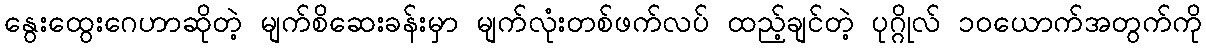
နွေးထွေးဂေဟာဆိုတဲ့ မျက်စိဆေးခန်းမှာ မျက်လုံးတစ်ဖက်လပ် ထည့်ချင်တဲ့ ပုဂ္ဂိုလ် ၁၀ယောက်အတွက်ကို